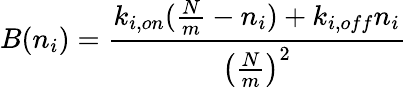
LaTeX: B(n_{i})=\frac{k_{i,on}(\frac{N}{m}-n_{i})+k_{i,off}n_{i}}{\left(\frac{N}{m}\right)^{2}}